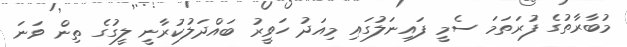
މުބާރާތުގެ ފުރަތަމަ ސެމީ ފައިނަލުގައި މިއަދު ހަވީރު ބައްދަލުކުރާނީ ލީގުގެ ތިން ވަނަ